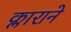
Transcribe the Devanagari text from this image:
क्लाराने